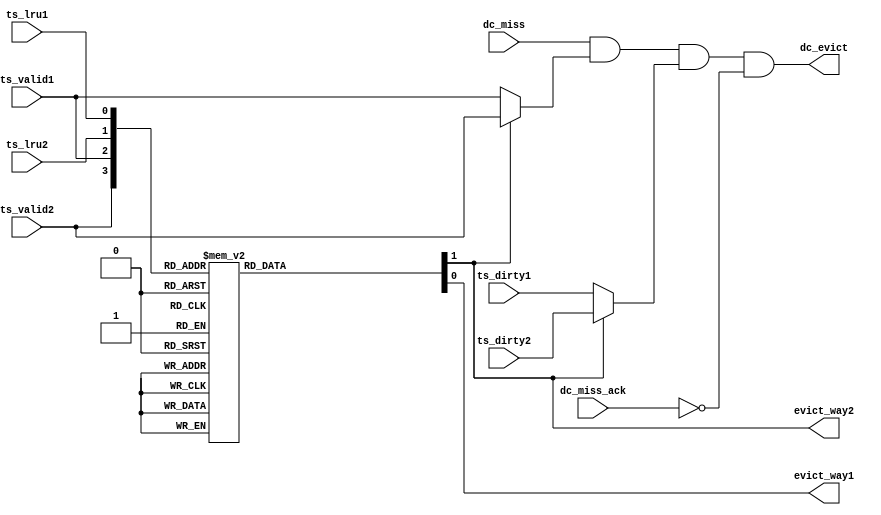
/*************** Microarchiture Project******************/
/********************************************************/
/* Module: dcache evict combo logic module              */
/* Description: Generates evict signals                 */
/********************************************************/

module evict_combo( dc_evict, dc_miss, dc_miss_ack, ts_valid2, ts_dirty2, ts_lru2, 
                    ts_valid1, ts_dirty1, ts_lru1, evict_way2, evict_way1);

input                 dc_miss;
input                 dc_miss_ack;
input                 ts_valid2;
input                 ts_dirty2;
input                 ts_lru2;
input                 ts_valid1;
input                 ts_dirty1;
input                 ts_lru1;

output                dc_evict;
output                evict_way2;
output                evict_way1;

// Internal variables
reg evict_way2, evict_way1;
wire w_ts_valid, w_ts_dirty;

always @(*) begin
  case({ts_valid2, ts_valid1, ts_lru2, ts_lru1})
  4'b0000, 4'b0001, 4'b0010, 4'b0011: {evict_way2, evict_way1} = 2'b01;
  4'b0100, 4'b0101, 4'b0110, 4'b0111: {evict_way2, evict_way1} = 2'b10;
  4'b1000, 4'b1001, 4'b1010, 4'b1011: {evict_way2, evict_way1} = 2'b01;
  4'b1100: {evict_way2, evict_way1} = 2'b01;
  4'b1101: {evict_way2, evict_way1} = 2'b10;
  4'b1110: {evict_way2, evict_way1} = 2'b01;
  4'b1111: {evict_way2, evict_way1} = 2'b01;
  endcase
end

assign w_ts_valid = evict_way2 ? ts_valid2 : ts_valid1;
assign w_ts_dirty = evict_way2 ? ts_dirty2 : ts_dirty1;

assign dc_evict = dc_miss & w_ts_valid & w_ts_dirty & !dc_miss_ack;

endmodule